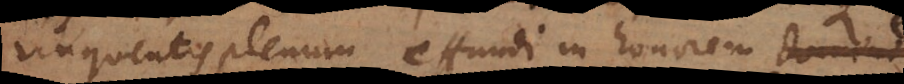
unguentis plenum effundi in honorem domini